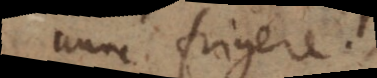
nunc frigere.